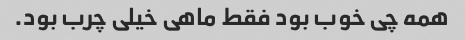
همه چی خوب بود فقط ماهی خیلی چرب بود.